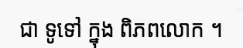
ជា ទូទៅ ក្នុង ពិភពលោក ។